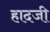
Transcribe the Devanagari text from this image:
हादजी